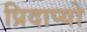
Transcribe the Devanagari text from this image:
प्रिदाप्यो